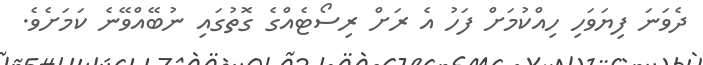
ދެވަނަ ފިޔަވަހި ހިއްކުމަށް ފަހު އެ ރަށް ރިސޯޓެއްގެ ގޮތުގައި ނުބޭއްވޭނެ ކަމަށެވެ.